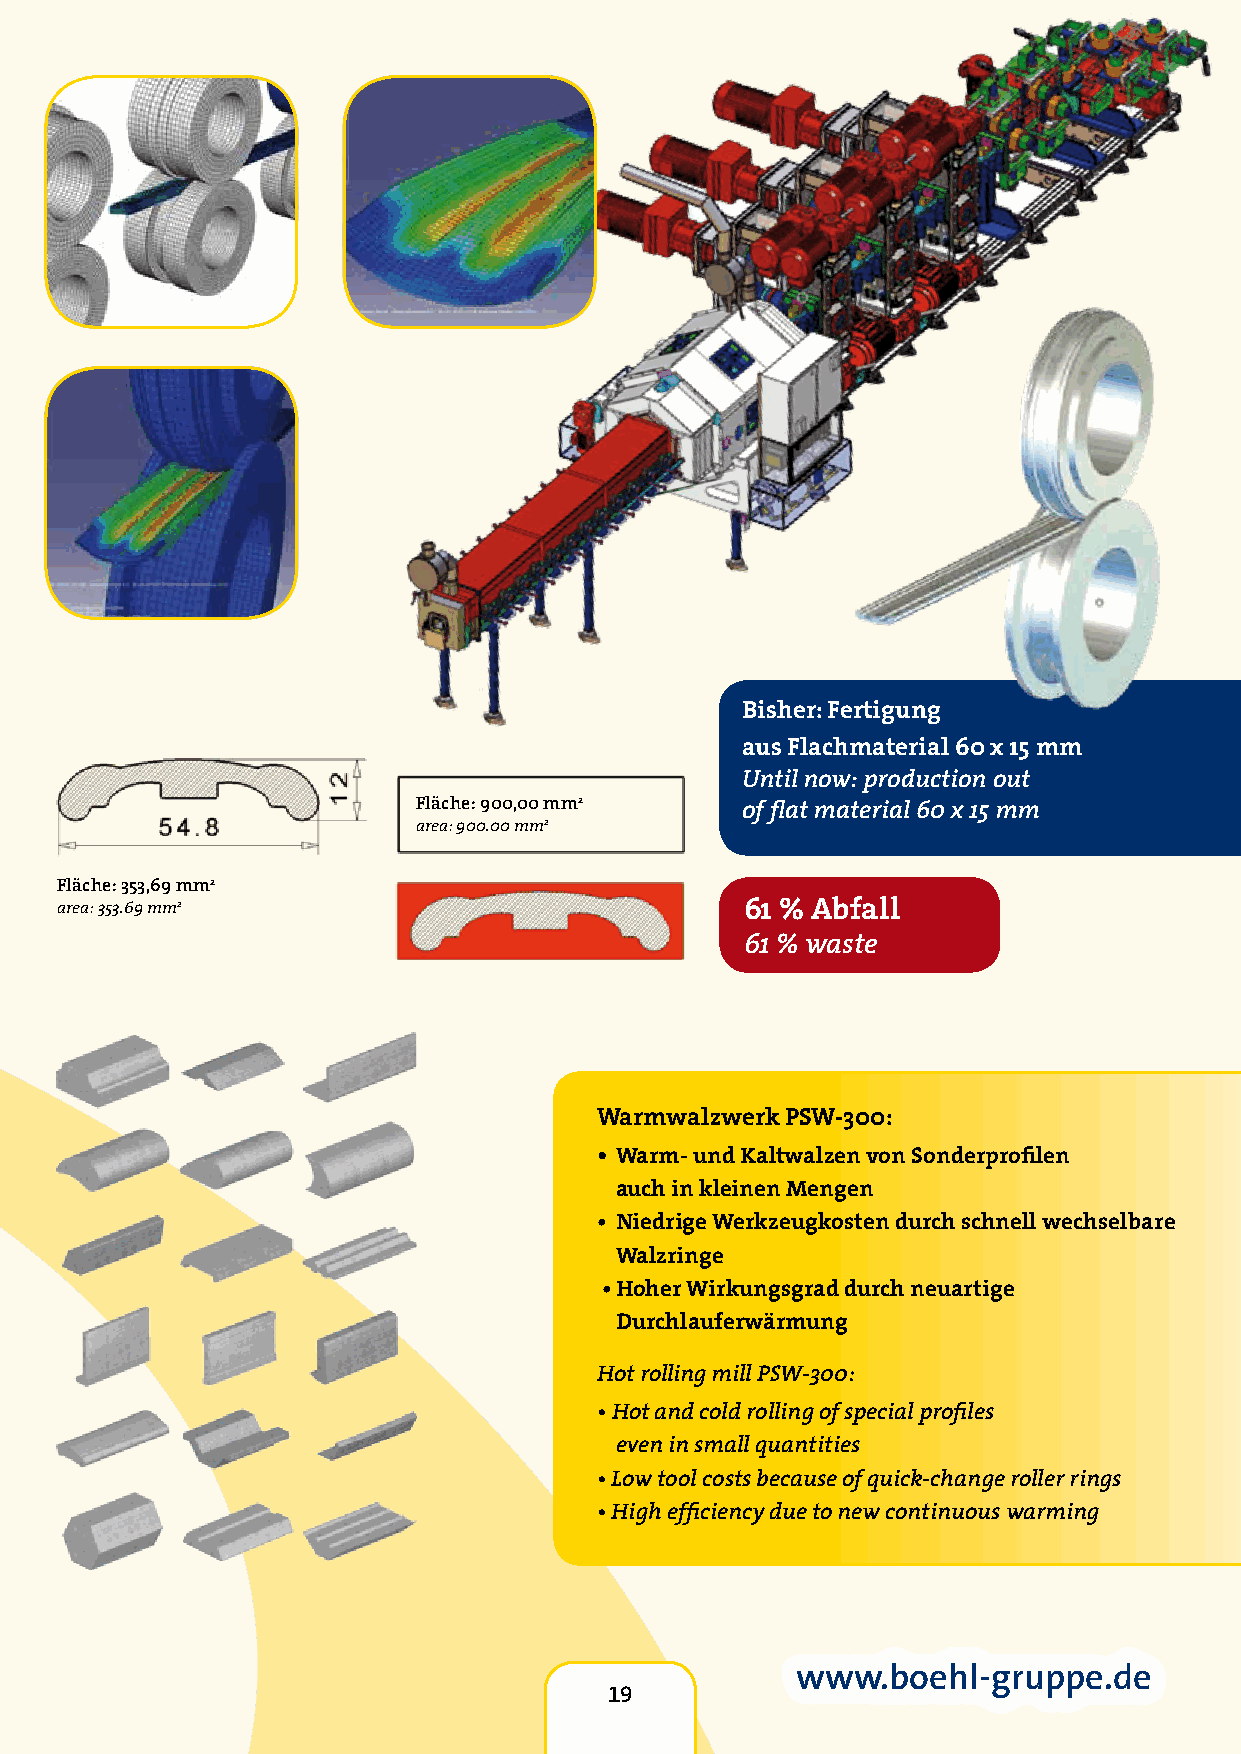
Bisher: Fertigung
 aus Flachmaterial 60 x 15 mm
 Until now: production out
 Fläche: 900,00 mm2    of flat material 60 x 15 mm
 area: 900.00 mm2
 Fläche: 353,69 mm2
 area: 353.69 mm2                             61 % Abfall
 61 % waste
 Warmwalzwerk PSW-300:
 • Warm- und Kaltwalzen von Sonderprofilen
 auch in kleinen Mengen
 • Niedrige Werkzeugkosten durch schnell wechselbare
 Walzringe
 • Hoher Wirkungsgrad durch neuartige
 Durchlauferwärmung
 Hot rolling mill PSW-300:
 • Hot and cold rolling of special profiles
 19
 even in small quantities
 • Low tool costs because of quick-change roller rings
 • High efficiency due to new continuous warming
 www.boehl-gruppe.de
 19